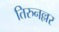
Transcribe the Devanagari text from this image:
तिरुनल्लर